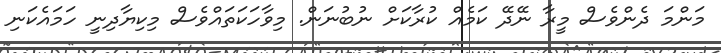
މަންމަ ދެންވެސް މީރާ ނޭދޭ ކަމެއް ކުރާކަށް ނުބުނަން. މިވާހަކަތައްވެސް މިކިޔާދިނީ ހަމައެކަނި